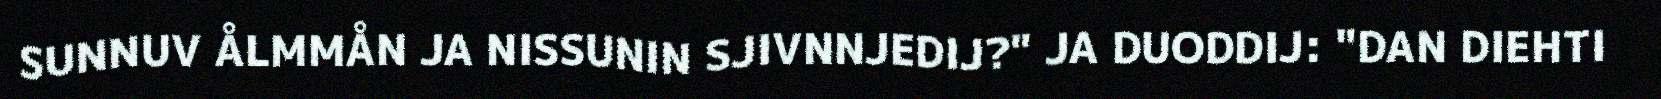
SUNNUV ÅLMMÅN JA NISSUNIN SJIVNNJEDIJ?" JA DUODDIJ: "DAN DIEHTI